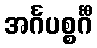
အင်္ဂပစ္စင်္ဂီ